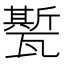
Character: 㽄